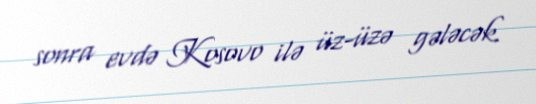
sonra evdə Kosovo ilə üz-üzə gələcək.